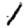
Digit: 1